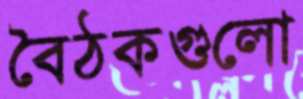
বৈঠকগুলো